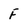
Character: F